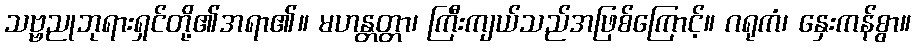
သဗ္ဗညုဘုရားရှင်တို့၏အရာ၏။ မဟန္တတ္တာ၊ ကြီးကျယ်သည်အဖြစ်ကြောင့်။ ဂရုကံ၊ နှေးကန်စွာ။